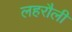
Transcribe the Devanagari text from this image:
लहरौली